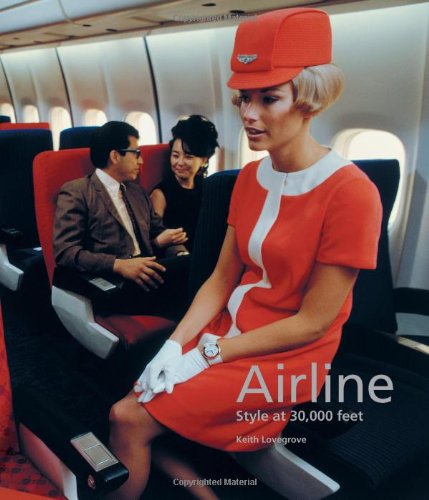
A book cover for Airline: Style at 30,000 feet (Mini); Keith Lovegrove; Arts & Photography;